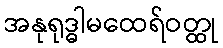
အနုရုဒ္ဓါမထေရ်ဝတ္ထု